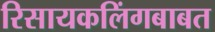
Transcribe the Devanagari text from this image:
रिसायकलिंगबाबत